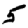
Digit: 5